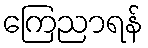
ကြေညာရန်